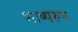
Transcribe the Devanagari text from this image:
भाष्यरूप